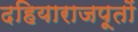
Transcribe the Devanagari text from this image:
दहियाराजपूतों